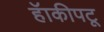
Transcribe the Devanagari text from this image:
हॅाकीपटू